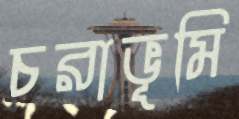
চরাভূমি